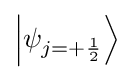
\left|\psi _{j=+{\frac {1}{2}}}\right\rangle